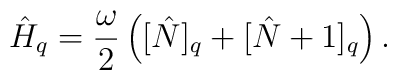
\hat{H}_q=\frac{\omega}{2}\left([\hat{N}]_q+[\hat{N}+1]_q\right).